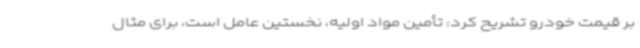
بر قیمت خودرو تشریح کرد: تأمین مواد اولیه، نخستین عامل است، برای مثال